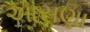
આસણા